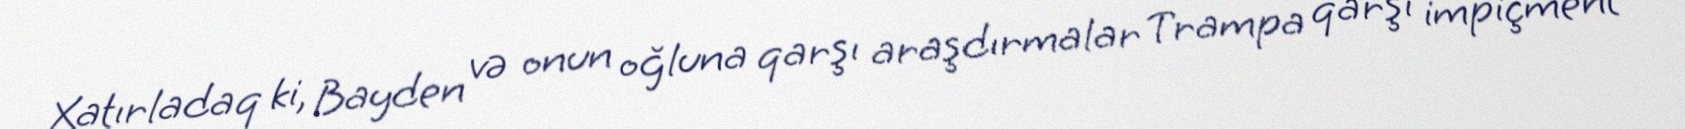
Xatırladaq ki, Bayden və onun oğluna qarşı araşdırmalar Trampa qarşı impiçment